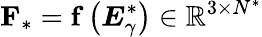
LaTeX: \mathbf{F}_{\ast}=\mathbf{f}\left(\boldsymbol{E}_{\gamma}^{\ast}\right)\in\mathbb{R}^{3\times N^{\ast}}